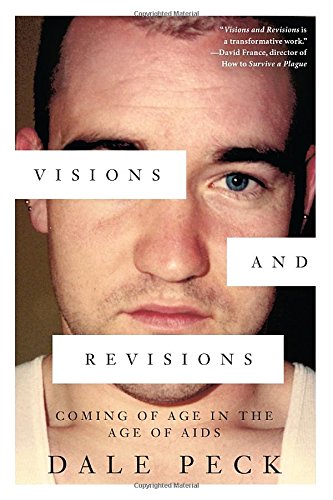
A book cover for Visions and Revisions; Dale Peck; Gay & Lesbian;